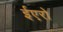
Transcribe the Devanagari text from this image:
ईएरो